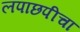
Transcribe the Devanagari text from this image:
लपाछपीचा